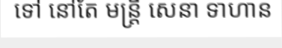
ទៅ នៅតែ មន្ត្រី សេនា ទាហាន